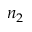
n _ { 2 }